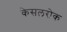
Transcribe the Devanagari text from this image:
केसलरोक